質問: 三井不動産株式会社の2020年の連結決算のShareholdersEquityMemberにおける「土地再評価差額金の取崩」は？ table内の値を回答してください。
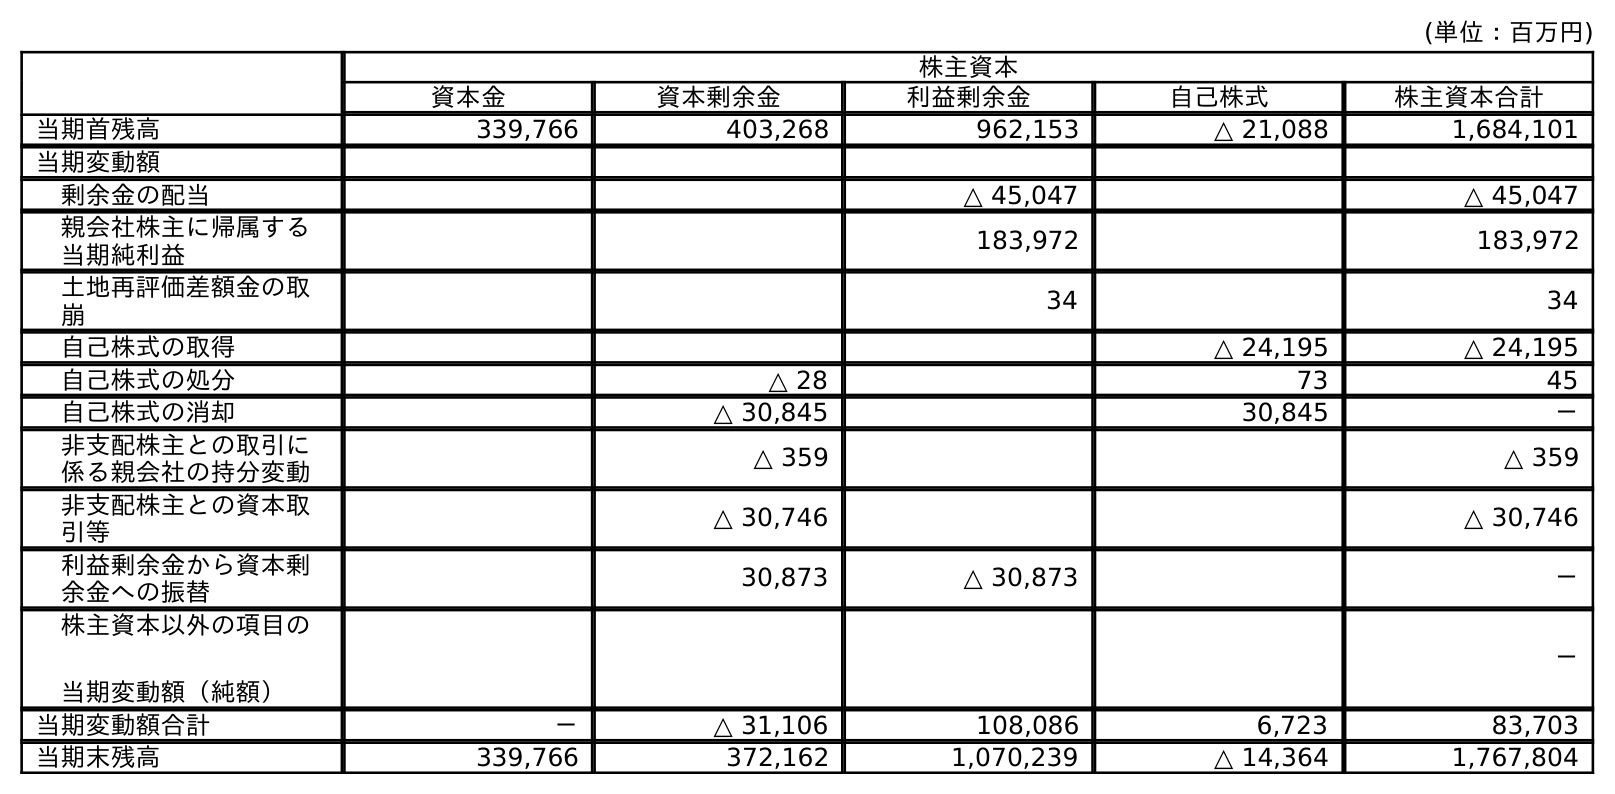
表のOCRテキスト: (単位：百万円) 株主資本 資本金 資本剰余金 利益剰余金 自己株式 株主資本合計 当期首残高 339,766 403,268 962,153 △ 21,088 1,684,101 当期変動額 剰余金の配当 △ 45,047 △ 45,047 親会社株主に帰属する 当期純利益 183,972 183,972 土地再評価差額金の取 崩 34 34 自己株式の取得 △ 24,195 △ 24,195 自己株式の処分 △ 28 73 45 自己株式の消却 △ 30,845 30,845 － 非支配株主との取引に 係る親会社の持分変動 △ 359 △ 359 非支配株主との資本取 引等 △ 30,746 △ 30,746 利益剰余金から資本剰 余金への振替 30,873 △ 30,873 － 株主資本以外の項目の 当期変動額（純額） － 当期変動額合計 － △ 31,106 108,086 6,723 83,703 当期末残高 339,766 372,162 1,070,239 △ 14,364 1,767,804
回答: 34